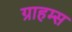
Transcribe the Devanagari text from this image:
ग्राहम्स